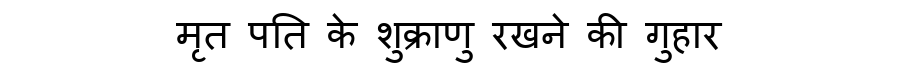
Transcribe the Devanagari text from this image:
मृत पति के शुक्राणु रखने की गुहार